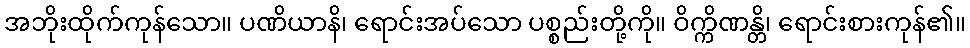
အဘိုးထိုက်ကုန်သော။ ပဏိယာနိ၊ ရောင်းအပ်သော ပစ္စည်းတို့ကို။ ဝိက္ကိဏန္တိ၊ ရောင်းစားကုန်၏။